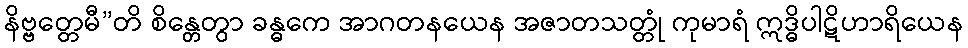
နိဗ္ဗတ္တေမီ”တိ စိန္တေတွာ ခန္ဓကေ အာဂတနယေန အဇာတသတ္တုံ ကုမာရံ ဣဒ္ဓိပါဋိဟာရိယေန